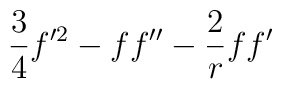
{3 \over 4} f'^2- f f'' - {2 \over r} ff'